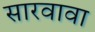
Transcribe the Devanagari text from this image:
सारवावा